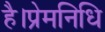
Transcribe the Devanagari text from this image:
है।प्रेमनिधि